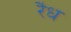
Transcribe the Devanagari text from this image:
रैध